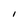
Character: I